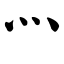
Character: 灬